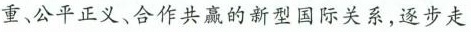
重、公平正义、合作共赢的新型国际关系，逐步走